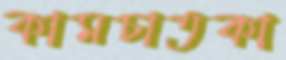
কামচাতকা